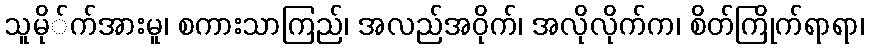
သူမို်က်အားမူ၊ စကားသာကြည်၊ အလည်အဝိုက်၊ အလိုလိုက်က၊ စိတ်ကြိုက်ရာရာ၊